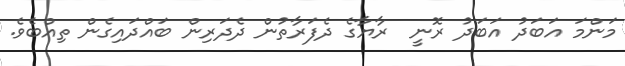
މަންމަ އަބަދު އަބަދު ރޮނީ  ރާޔާގެ ދެފަރާތުން ދެދަރިން ބައްދައިގެން ތިއްބެވެ.